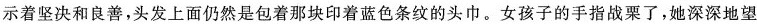
示着坚决和良善，头发上面仍然是包着那块印着蓝色条纹的头巾。女孩子的手指被裹了，她深深地望